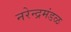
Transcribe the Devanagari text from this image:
नरेन्द्रमंडळ